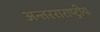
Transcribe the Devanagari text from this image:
अन्तरराराष्ट्रीय